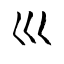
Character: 巛